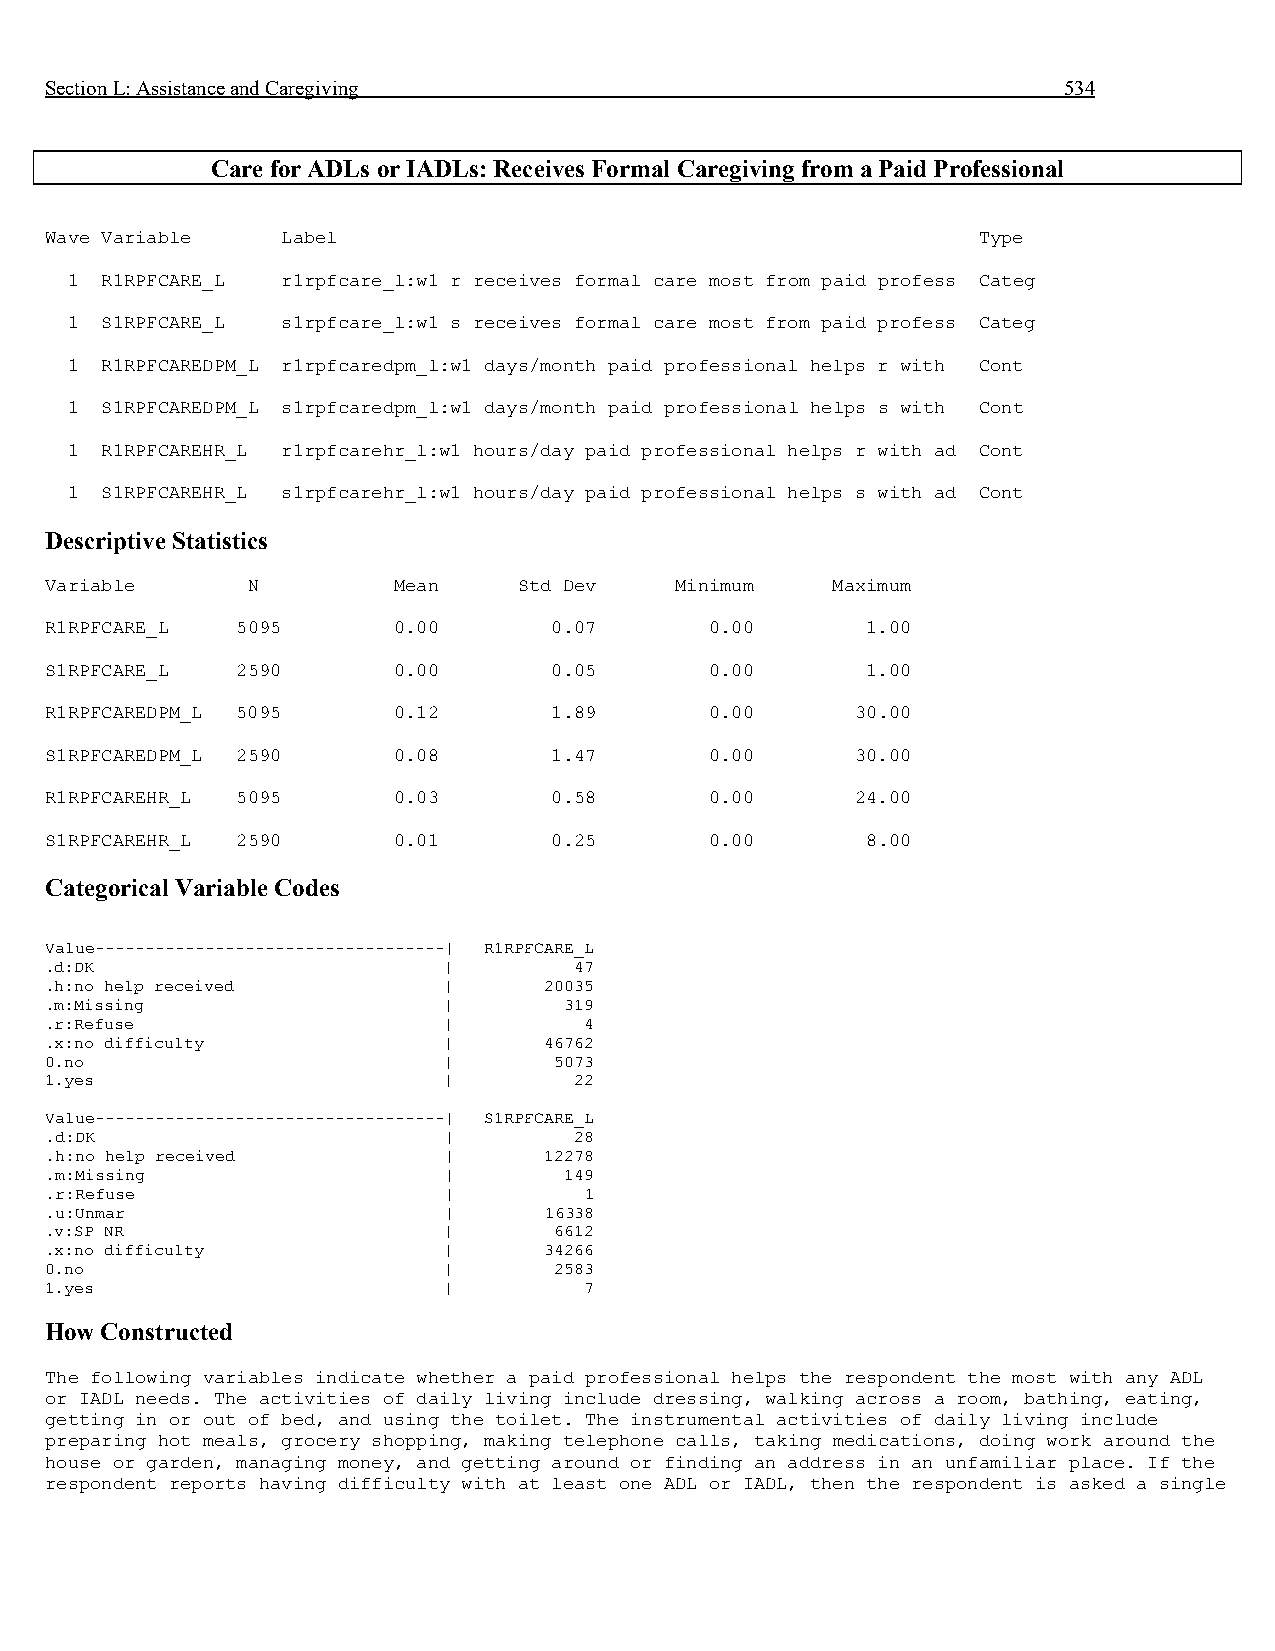
Section L: Assistance and Caregiving                               534
 Care for ADLs or IADLs: Receives Formal Caregiving from a Paid Professional
 Wave Variable   Label                                         Type
 1  R1RPFCARE_L r1rpfcare_l:w1 r receives formal care most from paid profess Categ
 1  S1RPFCARE_L s1rpfcare_l:w1 s receives formal care most from paid profess Categ
 1  R1RPFCAREDPM_L r1rpfcaredpm_l:w1 days/month paid professional helps r with Cont
 1  S1RPFCAREDPM_L s1rpfcaredpm_l:w1 days/month paid professional helps s with Cont
 1  R1RPFCAREHR_L r1rpfcarehr_l:w1 hours/day paid professional helps r with ad Cont
 1  S1RPFCAREHR_L s1rpfcarehr_l:w1 hours/day paid professional helps s with ad Cont
 Descriptive Statistics
 Variable     N         Mean    Std Dev    Minimum   Maximum
 R1RPFCARE_L  5095      0.00      0.07       0.00      1.00
 S1RPFCARE_L  2590      0.00      0.05       0.00      1.00
 R1RPFCAREDPM_L 5095    0.12      1.89       0.00      30.00
 S1RPFCAREDPM_L 2590    0.08      1.47       0.00      30.00
 R1RPFCAREHR_L 5095     0.03      0.58       0.00      24.00
 S1RPFCAREHR_L 2590     0.01      0.25       0.00      8.00
 Categorical Variable Codes
 Value-----------------------------------| R1RPFCARE_L
 .d:DK                     |        47
 .h:no help received       |      20035
 .m:Missing                |       319
 .r:Refuse                 |         4
 .x:no difficulty          |      46762
 0.no                      |       5073
 1.yes                     |        22
 Value-----------------------------------| S1RPFCARE_L
 .d:DK                     |        28
 .h:no help received       |      12278
 .m:Missing                |       149
 .r:Refuse                 |         1
 .u:Unmar                  |      16338
 .v:SP NR                  |       6612
 .x:no difficulty          |      34266
 0.no                      |       2583
 1.yes                     |         7
 How Constructed
 The following variables indicate whether a paid professional helps the respondent the most with any ADL
 or IADL needs. The activities of daily living include dressing, walking across a room, bathing, eating,
 getting in or out of bed, and using the toilet. The instrumental activities of daily living include
 preparing hot meals, grocery shopping, making telephone calls, taking medications, doing work around the
 house or garden, managing money, and getting around or finding an address in an unfamiliar place. If the
 respondent reports having difficulty with at least one ADL or IADL, then the respondent is asked a single